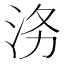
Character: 𭰄